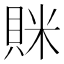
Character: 𧵵